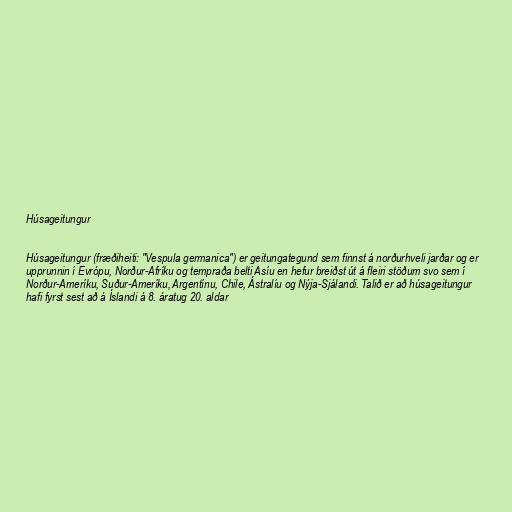
Húsageitungur

Húsageitungur (fræðiheiti: "Vespula germanica") er geitungategund sem finnst á norðurhveli jarðar og er
upprunnin í Evrópu, Norður-Afríku og tempraða belti Asíu en hefur breiðst út á fleiri stöðum svo sem í
Norður-Ameríku, Suður-Ameríku, Argentínu, Chile, Ástralíu og Nýja-Sjálandi. Talið er að húsageitungur
hafi fyrst sest að á Íslandi á 8. áratug 20. aldar